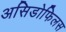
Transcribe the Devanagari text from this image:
असिडोफिलस